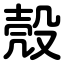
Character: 殼